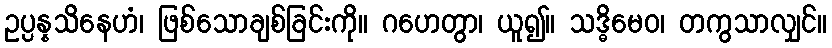
ဥပ္ပန္နသိနေဟံ၊ ဖြစ်သောချစ်ခြင်းကို။ ဂဟေတွာ၊ ယူ၍။ သဒ္ဓိမေဝ၊ တကွသာလျှင်။